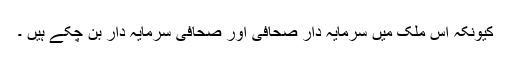
کیونکہ اس ملک میں سرمایہ دار صحافی اور صحافی سرمایہ دار بن چکے ہیں ۔